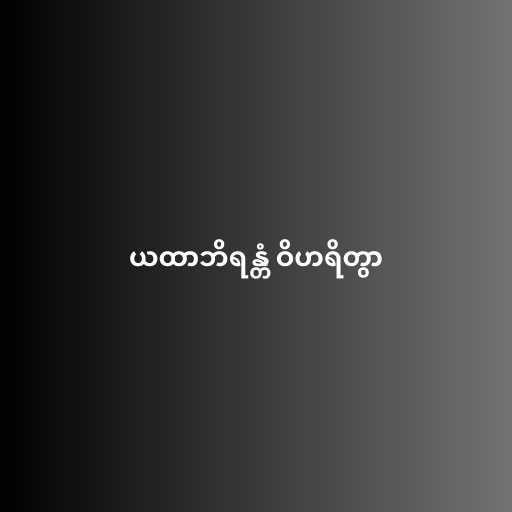
ယထာဘိရန္တံ ဝိဟရိတွာ